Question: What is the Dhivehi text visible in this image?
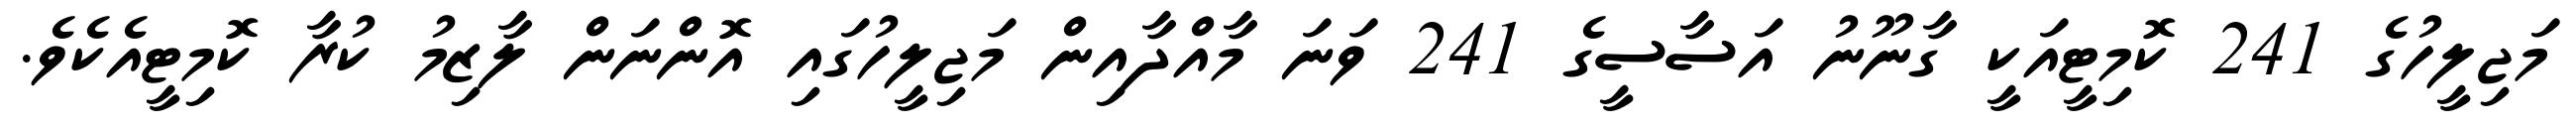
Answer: މަޖިލީހުގެ 241 ކޮމިޓީއަކީ ގާނޫނު އަސާސީގެ 241 ވަނަ މާއްދާއިން މަޖިލީހުގައި އޮންނަން ލާޒިމު ކުރާ ކޮމިޓީއެކެވެ.